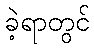
ခဲ့ရာတွင်